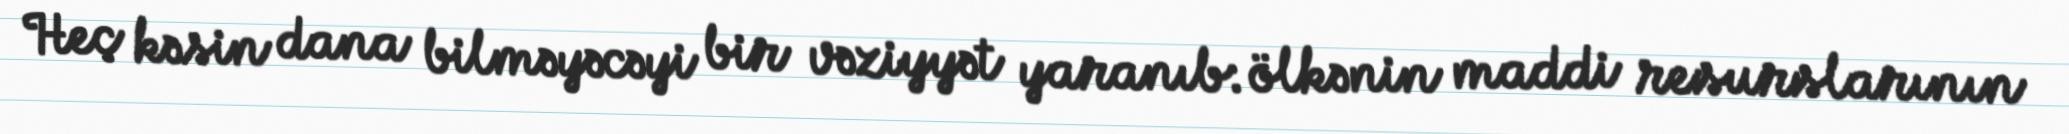
Heç kəsin dana bilməyəcəyi bir vəziyyət yaranıb: ölkənin maddi resurslarının